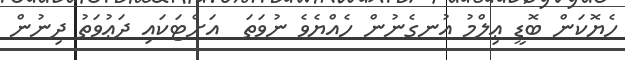
ހެޔޮކަން ބޮޑީ ޢިލްމު އުނގެނުން ހެއްޔެވެ ނުވަތަ  އަށްޓަކައި ދަޢުވަތު ދިނުން